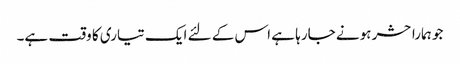
جو ہمارا حشر ہونے جارہا ہے اس کے لئے ایک تیاری کا وقت ہے۔